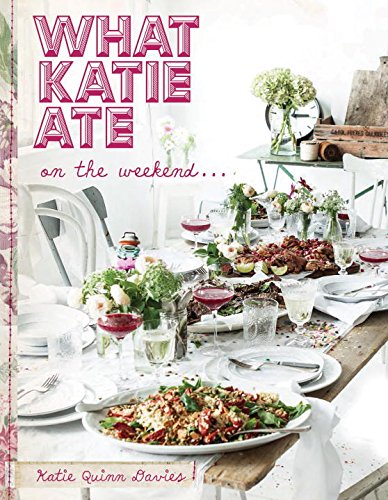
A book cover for What Katie Ate on the Weekend; Katie Quinn Davies; Cookbooks, Food & Wine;